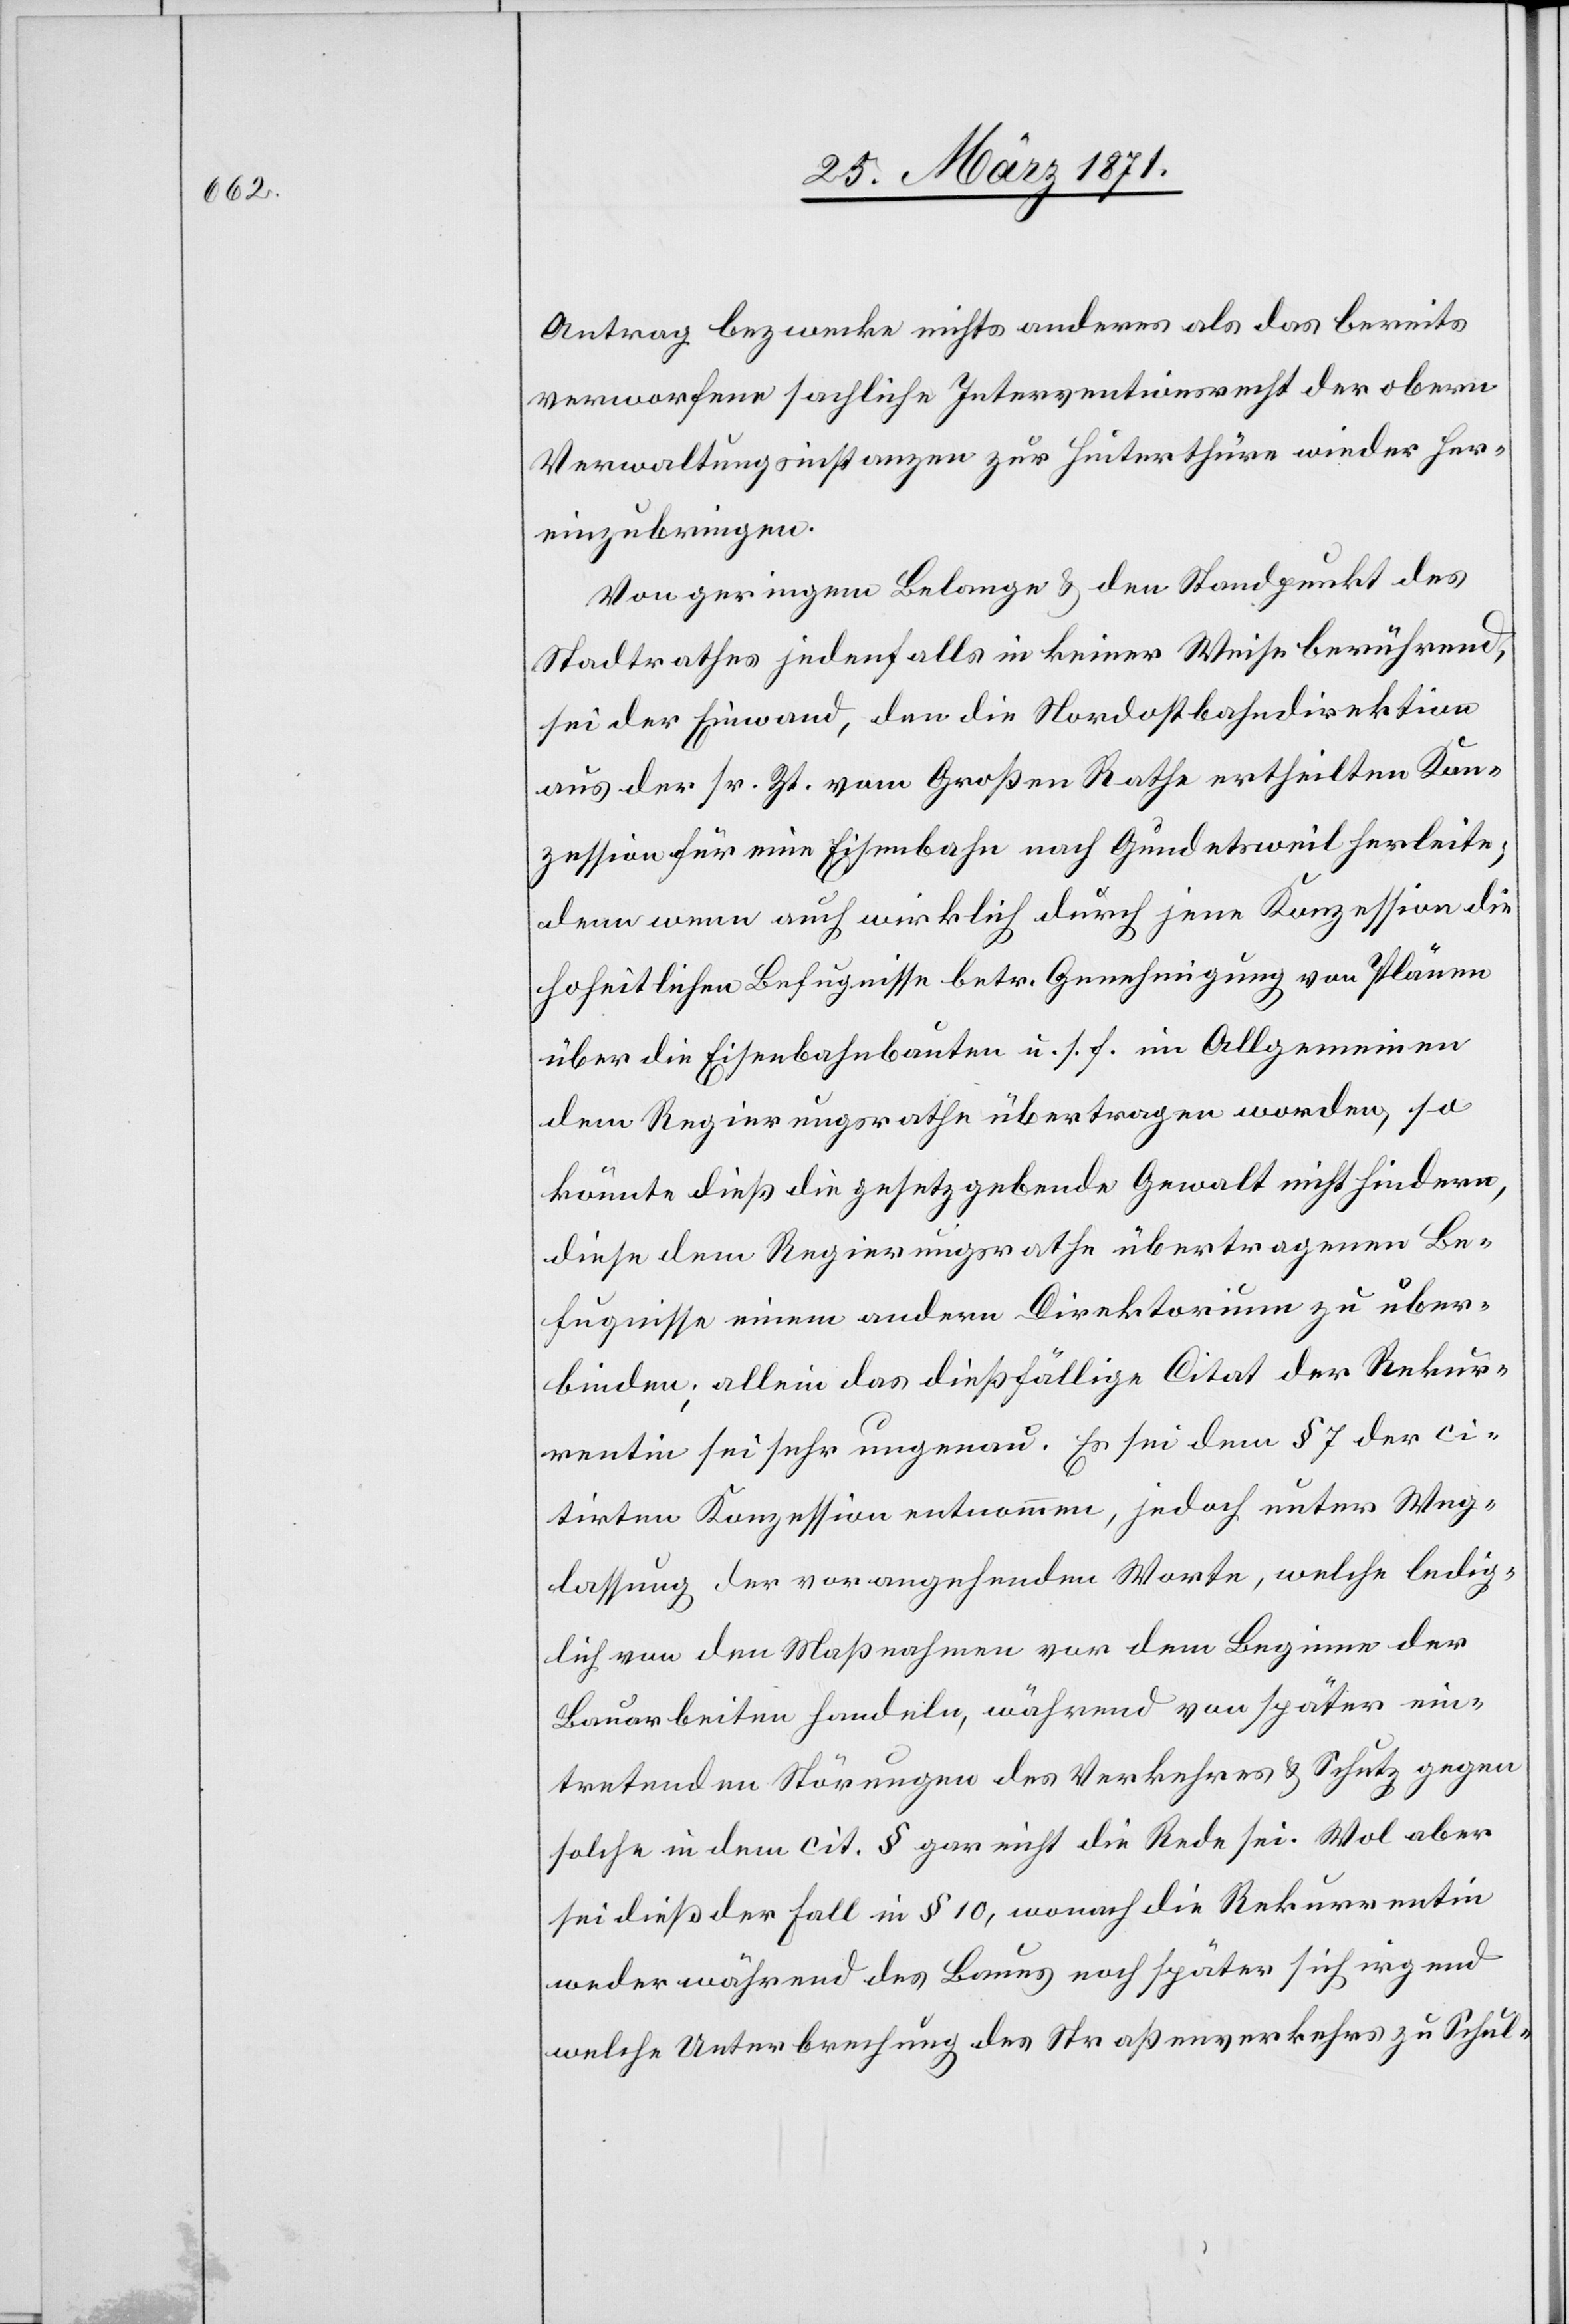
Antrag bezwecke nichts anderes als das bereits
verworfene sachliche Interventionsrecht der obern
Verwaltungsinstanzen zur Hinterthüre wieder her¬
einzubringen.
Von geringem Belange u. den Standpunkt des
Stadtrathes jedenfalls in keiner Weise berührend,
sei der Einwand, den die Nordostbahndirektion
aus der sr. Zt. vom Großen Rathe ertheilten Kon¬
zession für eine Eisenbahn nach Gundetsweil herleite,
denn wenn auch wirklich durch jene Konzession die
hoheitlichen Befugnisse betr. Genehmigung von Plänen
über die Eisenbahnbauten u. s. f. im Allgemeinen
dem Regierungsrathe übertragen worden, so
könnte dieß die gesetzgebende Gewalt nicht hindern,
diese dem Regierungsrathe übertragenen Be¬
fugnisse einem andern Direktorium zu über¬
binden; allein das dießfällige Citat der Rekur¬
rentin sei sehr ungenau. Es sei dem § 7 der ci¬
tirten Konzession entnommen, jedoch unter Weg¬
lassung der vorangehenden Worte, welche ledig¬
lich von den Maßnahmen vor dem Beginne der
Bauarbeiten handeln, während von später ein¬
tretenden Störungen des Verkehres u. Schutz gegen
solche in dem cit. § gar nicht die Rede sei. Wol aber
sei dieß der Fall in § 10, wonach die Rekurrentin
weder während des Baues noch später sich irgend
welche Unterbrechung des Straßenverkehrs zu Schul-